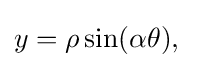
y=\rho \sin(\alpha \theta ),\